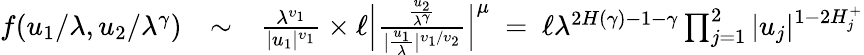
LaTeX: \begin{array}{rlr}{f(u_{1}/\lambda,u_{2}/\lambda^{\gamma})}&{\sim}&{\frac{\lambda^{\upsilon_{1}}}{|u_{1}|^{\upsilon_{1}}}\times\ell\Big|\frac{\frac{u_{2}}{\lambda^{\gamma}}}{|\frac{u_{1}}{\lambda}|^{\upsilon_{1}/\upsilon_{2}}}\Big|^{\mu}\ =\ \ell\lambda^{2H(\gamma)-1-\gamma}\prod_{j=1}^{2}|u_{j}|^{1-2H_{j}^{+}}}\end{array}